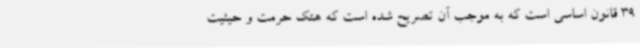
39 قانون اساسی است که به موجب آن تصریح شده است که هتک حرمت و حیثیت